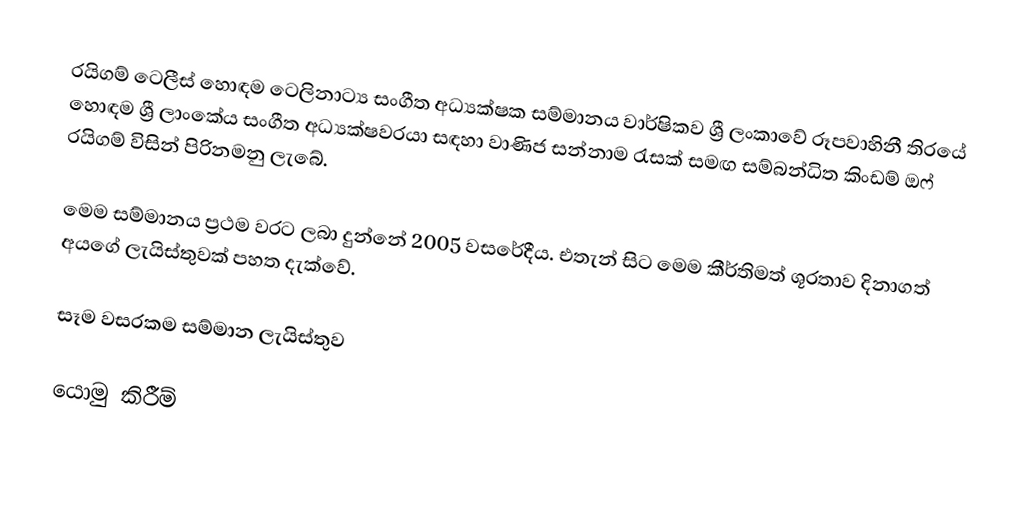
රයිගම් ටෙලීස් හොඳම ටෙලිනාට්‍ය සංගීත අධ්‍යක්ෂක සම්මානය වාර්ෂිකව ශ්‍රී ලංකාවේ රූපවාහිනී තිරයේ හොඳම ශ්‍රී ලාංකේය සංගීත අධ්‍යක්ෂවරයා සඳහා වාණිජ සන්නාම රැසක් සමඟ සම්බන්ධිත කිංඩම් ඔෆ් රයිගම් විසින් පිරිනමනු ලැබේ.

මෙම සම්මානය ප්‍රථම වරට ලබා දුන්නේ 2005 වසරේදීය. එතැන් සිට මෙම කීර්තිමත් ශූරතාව දිනාගත් අයගේ ලැයිස්තුවක් පහත දැක්වේ.

සෑම වසරකම සම්මාන ලැයිස්තුව

යොමු කිරීම්